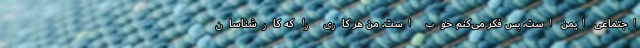
اجتماعی ایمن است، پس فکر می‌کنم خوب است. من هر کاری را که کارشناسان